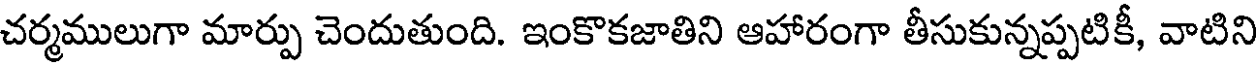
చర్మములుగా మార్పు చెందుతుంది. ఇంకొకజాతిని ఆహారంగా తీసుకున్నప్పటికీ, వాటిని